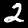
Label: 2